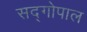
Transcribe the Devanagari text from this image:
सद्‍गोपाल